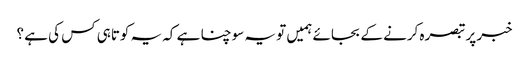
خبر پر تبصرہ کرنے کے بجائے ہمیں تو یہ سوچنا ہے کہ یہ کوتاہی کس کی ہے ؟